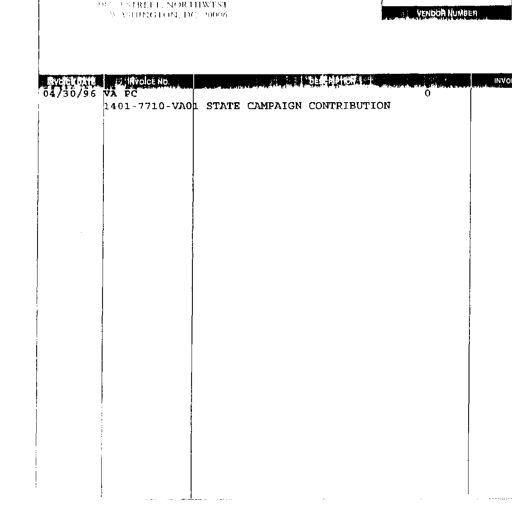
900 17TH STREET, NORTHWEST
WASHINGTON, DC 20006
VENDOR NUMBER
INVOICE DATE INVOICE NO. DESCRIPTION INVOICE
04/30/96 VA PC 0
1401-7710-VA01 STATE CAMPAIGN CONTRIBUTION